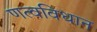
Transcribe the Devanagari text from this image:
णत्वविधान